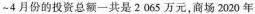
-4月份的投资总额一共是2065万元，商场2020年